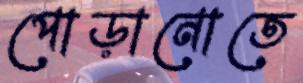
পোড়ানোতে